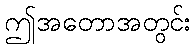
ဤအတောအတွင်း